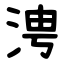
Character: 涄